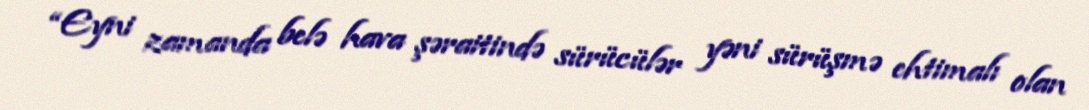
“Eyni zamanda belə hava şəraitində sürücülər yəni sürüşmə ehtimalı olan